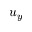
u _ { y }